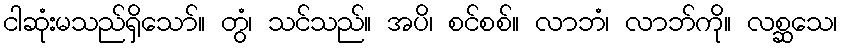
ငါဆုံးမသည်ရှိသော်။ တွံ၊ သင်သည်။ အပိ၊ စင်စစ်။ လာဘံ၊ လာဘ်ကို။ လစ္ဆသေ၊